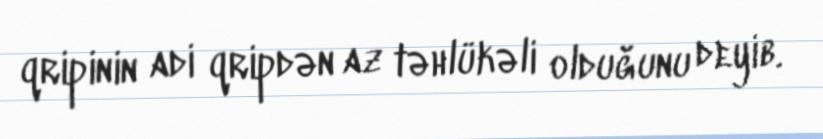
qripinin adi qripdən az təhlükəli olduğunu deyib.